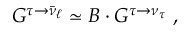
G ^ { \tau \rightarrow \bar { \nu } _ { \ell } } \simeq B \cdot G ^ { \tau \rightarrow { \nu } _ { \tau } } \ ,